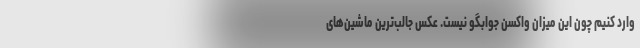
وارد کنیم چون این میزان واکسن جوابگو نیست. عکس جالب‌ترین ماشین‌های